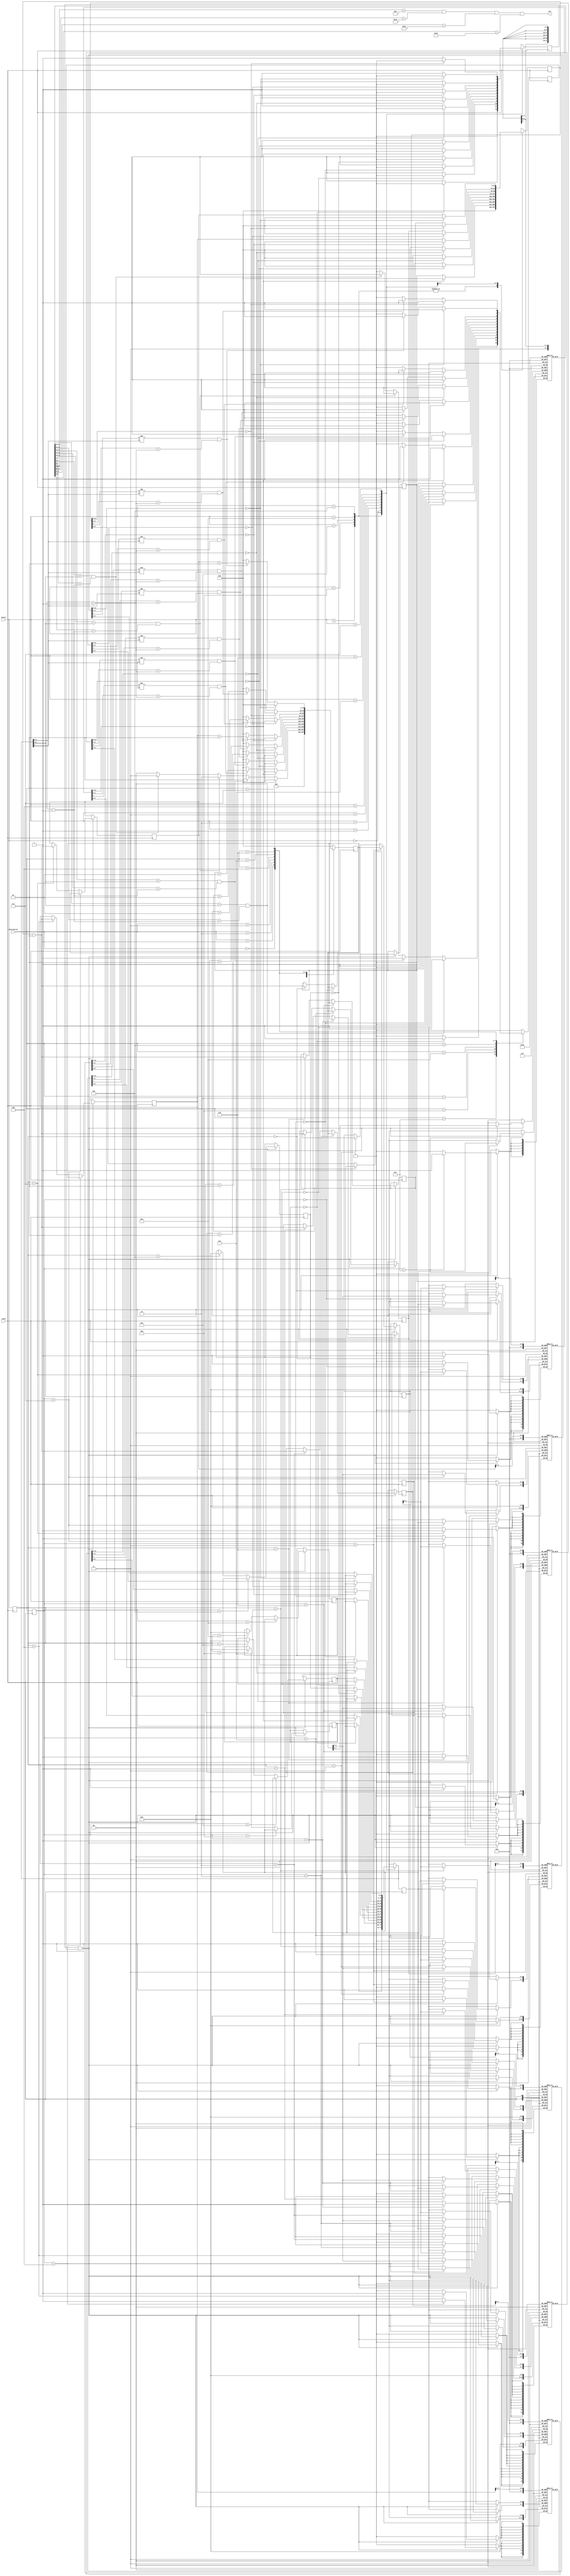
//Module for Homework Assignment 2 that plays game 8321 of freecell.
//Josh Roney (jpr87)

//**Incorporate the new integers c0-c7 to allow for larger registers

module freecellPlayer(
	input clock,
	input [3:0] source,destination,
	output win
);
	//4 bits for card value (A,2,3,4,5,6,7,8,9,10,J,Q,K)
	//Card value matches the bit value
	//6'b000000 is an empty space
	//2 bits for suit value (Heart,Diamond,Spade,Club)
	//00 = Heart
	//01 = Diamond
	//10 = Spade
	//11 = Club
	
	reg [3:0] src,dest;
	reg [5:0] temp;
	reg src_valid,dest_valid;
	integer col_s,col_d;			//integers to mark which column entry is the source and destination
	integer c0,c1,c2,c3,c4,c5,c6,c7;	//integers to mark last spot with a card in it in a column;
	
	reg [5:0] col0 [15:0];	//columns of tableau (array for 6-bit registers)
	reg [5:0] col1 [15:0];	
	reg [5:0] col2 [15:0];
	reg [5:0] col3 [15:0];
	reg [5:0] col4 [15:0];
	reg [5:0] col5 [15:0];
	reg [5:0] col6 [15:0];
	reg [5:0] col7 [15:0];
	reg [5:0] home [3:0];	//homecells (00 = H, 01 = D, 10 = S, 11 = C)
	reg [5:0] free [3:0];	//free cells

	initial //initialize the board of game 8321
	begin
		src = 0;
		dest = 0;
		temp = 0;
		src_valid = 0;
		dest_valid = 0;
		col_d = 0;
		col_s = 0;
		c0 = 6;
		c1 = 6;
		c2 = 6;
		c3 = 6;
		c4 = 5;
		c5 = 5;
		c6 = 5;
		c7 = 5;
		
		//homecells and free cells initiall empty
		home[0] = 6'b000000;
		home[1] = 6'b010000;
		home[2] = 6'b100000;
		home[3] = 6'b110000;
		free[0] = 0;
		free[1] = 0;
		free[2] = 0;
		free[3] = 0;
	
		//initial state of c0
		col0[0] = 6'b100100; //4 of spades
		col0[1] = 6'b011011; //jack of diamonds
		col0[2] = 6'b011010; //10 of diamonds
		col0[3] = 6'b010110; //6 of diamonds
		col0[4] = 6'b100011; //3 of spades
		col0[5] = 6'b010001; //ace of diamonds
		col0[6] = 6'b000001; //ace of hearts
		col0[7] = 6'h00;     //empty
		col0[8] = 6'h00;
		col0[9] = 6'h00;
		col0[10] = 6'h00;
		col0[11] = 6'h00;
		col0[12] = 6'h00;
		col0[13] = 6'h00;
		col0[14] = 6'h00;
		col0[15] = 6'h00;
		//initial state of c1
		col1[0] = 6'b100101; //5 of spades
		col1[1] = 6'b101010; //10 of spades
		col1[2] = 6'b001000; //8 of hearts
		col1[3] = 6'b110100; //4 of clubs
		col1[4] = 6'b000110; //6 of hearts
		col1[5] = 6'b001101; //king of hearts
		col1[6] = 6'b000010; //2 of hearts
		col1[7] = 6'h00;     //empty
		col1[8] = 6'h00;
		col1[9] = 6'h00;
		col1[10] = 6'h00;
		col1[11] = 6'h00;
		col1[12] = 6'h00;
		col1[13] = 6'h00;
		col1[14] = 6'h00;
		col1[15] = 6'h00;
		//initial state of c2
		col2[0] = 6'b101011; //jack of spades
		col2[1] = 6'b110111; //7 of clubs
		col2[2] = 6'b111001; //9 of clubs
		col2[3] = 6'b110110; //6 of clubs
		col2[4] = 6'b110010; //2 of clubs
		col2[5] = 6'b101101; //king of spades
		col2[6] = 6'b110001; //ace of clubs
		col2[7] = 6'h00;     //empty
		col2[8] = 6'h00;
		col2[9] = 6'h00;
		col2[10] = 6'h00;
		col2[11] = 6'h00;
		col2[12] = 6'h00;
		col2[13] = 6'h00;
		col2[14] = 6'h00;
		col2[15] = 6'h00;
		//initial state of c3
		col3[0] = 6'b000100; //4 of hearts
		col3[1] = 6'b100001; //ace of spades
		col3[2] = 6'b111100; //queen of clubs
		col3[3] = 6'b110101; //5 of clubs
		col3[4] = 6'b100111; //7 of spades
		col3[5] = 6'b001001; //9 of hearts
		col3[6] = 6'b101000; //8 of spades
		col3[7] = 6'h00;     //empty
		col3[8] = 6'h00;
		col3[9] = 6'h00;
		col3[10] = 6'h00;
		col3[11] = 6'h00;
		col3[12] = 6'h00;
		col3[13] = 6'h00;
		col3[14] = 6'h00;
		col3[15] = 6'h00;
		//initial state of c4
		col4[0] = 6'b011100; //queen of diamonds
		col4[1] = 6'b001011; //jack of hearts
		col4[2] = 6'b101100; //queen of spades
		col4[3] = 6'b100110; //6 of spades
		col4[4] = 6'b010010; //2 of diamonds
		col4[5] = 6'b101001; //9 of spades
		col4[6] = 6'h00;     //empty
		col4[7] = 6'h00;     
		col4[8] = 6'h00;
		col4[9] = 6'h00;
		col4[10] = 6'h00;
		col4[11] = 6'h00;
		col4[12] = 6'h00;
		col4[13] = 6'h00;
		col4[14] = 6'h00;
		col4[15] = 6'h00;
		//initial state of c5
		col5[0] = 6'b010101; //5 of diamonds
		col5[1] = 6'b011101; //king of diamonds
		col5[2] = 6'b110011; //3 of clubs
		col5[3] = 6'b011001; //9 of diamonds
		col5[4] = 6'b000011; //3 of hearts
		col5[5] = 6'b100010; //2 of spades
		col5[6] = 6'h00;     //empty
		col5[7] = 6'h00;     
		col5[8] = 6'h00;
		col5[9] = 6'h00;
		col5[10] = 6'h00;
		col5[11] = 6'h00;
		col5[12] = 6'h00;
		col5[13] = 6'h00;
		col5[14] = 6'h00;
		col5[15] = 6'h00;
		//initial state of c6
		col6[0] = 6'b000101; //5 of hearts
		col6[1] = 6'b010011; //3 of diamonds
		col6[2] = 6'b001100; //queen of hearts
		col6[3] = 6'b010111; //7 of diamonds
		col6[4] = 6'b111101; //king of clubs
		col6[5] = 6'b111010; //10 of clubs
		col6[6] = 6'h00;     //empty
		col6[7] = 6'h00;     
		col6[8] = 6'h00;
		col6[9] = 6'h00;
		col6[10] = 6'h00;
		col6[11] = 6'h00;
		col6[12] = 6'h00;
		col6[13] = 6'h00;
		col6[14] = 6'h00;
		col6[15] = 6'h00;
		//initial state of c7
		col7[0] = 6'b111011; //jack of clubs
		col7[1] = 6'b010100; //4 of diamonds
		col7[2] = 6'b001010; //10 of hearts
		col7[3] = 6'b111000; //8 of clubs
		col7[4] = 6'b000111; //7 of hearts
		col7[5] = 6'b011000; //8 of diamonds
		col7[6] = 6'h00;     //empty
		col7[7] = 6'h00;     
		col7[8] = 6'h00;
		col7[9] = 6'h00;
		col7[10] = 6'h00;
		col7[11] = 6'h00;
		col7[12] = 6'h00;
		col7[13] = 6'h00;
		col7[14] = 6'h00;
		col7[15] = 6'h00;
	end

	always @(posedge clock) //at positive edge of the clock, check validity of source and destination
	begin
		src = source;
		dest = destination;
		src_valid = 0;
		dest_valid = 0;
		col_s = 0;
		col_d = 0;
		
		
		//check validity of source
		case(src) 
			4'b11xx: //illegal source, do nothing
			begin
				$display("chosen source not valid, no move taken");
				src_valid = 0;
			end
			
			4'b1000: //source is free cell 0
			begin
				if(free[0] == 6'b000000)
					src_valid = 0;
				else
				begin
					temp = free[0];
					src_valid = 1;
				end
			end
			
			4'b1001: //source is free cell 1
			begin
				if(free[1] == 6'b000000)
					src_valid = 0;
				else
				begin
					temp = free[1];
					src_valid = 1;
				end
			end
			
			4'b1010: //source is free cell 2
			begin
				if(free[2] == 6'b000000)
					src_valid = 0;
				else
				begin
					temp = free[2];
					src_valid = 1;
				end
			end
			
			4'b1011: //source is free cell 3
			begin
				if(free[3] == 6'b000000)
					src_valid = 0;
				else
				begin
					temp = free[3];
					src_valid = 1;
				end
			end
			
			4'b0000: //source is column 0
			begin
				if(col0[0] == 0) //if column is empty, invalid source
					src_valid = 0;
				else
				begin
					src_valid = 1;
					temp = col0[c0];
					col_s = c0;
				end
			end
			
			4'b0001: //source is column 1
			begin
				if(col1[0] == 0)
					src_valid = 0;
				else
				begin
					src_valid = 1;
					temp = col1[c1];
					col_s = c1;
				end
			end
			
			4'b0010: //source is column 2
			begin
				if(col2[0] == 0)
					src_valid = 0;
				else
				begin
					src_valid = 1;
					temp = col2[c2];
					col_s = c2;
				end
			end
			
			4'b0011: //source is column 3
			begin
				if(col3[0] == 0)
					src_valid = 0;
				else
				begin
					src_valid = 1;
					temp = col3[c3];
					col_s = c3;
				end
			end
			
			4'b0100: //source is column 4
			begin
				if(col4[0] == 0)
					src_valid = 0;
				else
				begin
					src_valid = 1;
					temp = col4[c4];
					col_s = c4;
				end
			end
			
			4'b0101: //source is column 5
			begin
				if(col5[0] == 0)
					src_valid = 0;
				else
				begin
					src_valid = 1;
					temp = col5[c5];
					col_s = c5;
				end
			end
			
			4'b0110: //source is column 6
			begin
				if(col6[0] == 0)
					src_valid = 0;
				else
				begin
					src_valid = 1;
					temp = col6[c6];
					col_s = c6;
				end
			end
			
			4'b0111: //source is column 7
			begin
				if(col7[0] == 0)
					src_valid = 0;
				else
				begin
					src_valid = 1;
					temp = col7[c7];
					col_s = c7;
				end
			end
		endcase

		//check validity of destination
		//if(src_valid)
		$display("source valid : %b \t destination : %b", src_valid, dest);
		case(dest) 
			4'b1100: //destination is home cell
			begin 
				if(home[0][5:4] == temp[5:4] && home[0][3:0] == (temp[3:0]-1'b1)) //check to see if suits match and current card is one value lower than new card
				begin
					dest_valid = 1;
					col_d = 0;
				end
				else if(home[1][5:4] == temp[5:4] && home[1][3:0] == (temp[3:0]-1'b1))
				begin
					dest_valid = 1;
					col_d = 1;
				end
				else if(home[2][5:4] == temp[5:4] && home[2][3:0] == (temp[3:0]-1'b1))
				begin
					dest_valid = 1;
					col_d = 2;
				end
				else if(home[3][5:4] == temp[5:4] && home[3][3:0] == (temp[3:0]-1'b1))
				begin
					dest_valid = 1;
					col_d = 3;
				end
				else
					dest_valid = 0;
			end
			
			4'b1000: //destination is free cell a
			begin
				if(free[0] == 6'b000000) //valid if empty
					dest_valid = 1;
				else
					dest_valid = 0;
			end
			
			4'b1001: //destination is free cell b
			begin
				if(free[1] == 6'b000000) //valid if empty
					dest_valid = 1;
				else
					dest_valid = 0;
			end
			
			4'b1010: //destination is free cell c
			begin
				if(free[2] == 6'b000000) //valid if empty
					dest_valid = 1;
				else
					dest_valid = 0;
			end
			
			4'b1011: //destination is free cell d
			begin
				if(free[3] == 6'b000000) //valid if empty
					dest_valid = 1;
				else
					dest_valid = 0;
			end
			
			4'b0000: //destination is column 0
			begin
				if(col0[0] == 0) //if column is empty, valid destination
					dest_valid = 1;
				else
				begin
					if(col0[c0][5] != temp[5] && col0[c0][3:0] == (temp[3:0] + 1'b1))
					begin
						dest_valid = 1;
						col_d = c0+1;
					end
					else
						dest_valid = 0;
				end
			end
			
			4'b0001: //destination is column 1
			begin
				if(col1[0] == 0)
					dest_valid = 1;
				else
				begin
					if(col1[c1][5] != temp[5] && col1[c1][3:0] == (temp[3:0] + 1'b1))
					begin
						dest_valid = 1;
						col_d = c1+1;
					end
					else
						dest_valid = 0;
				end
			end
			
			4'b0010: //destination is column 2
			begin
				if(col2[0] == 0)
					dest_valid = 1;
				else
				begin
					if(col2[c2][5] != temp[5] && col2[c2][3:0] == (temp[3:0] + 1'b1))
					begin
						dest_valid = 1;
						col_d = c2+1;
					end
					else
						dest_valid = 0;
				end
			end
			
			4'b0011: //destination is column 3
			begin
				if(col3[0] == 0)
					dest_valid = 1;
				else
				begin
					if(col3[c3][5] != temp[5] && col3[c3][3:0] == (temp[3:0] + 1'b1))
					begin
						dest_valid = 1;
						col_d = c3+1;
					end
					else
						dest_valid = 0;
				end
			end
			
			4'b0100: //destination is column 4
			begin
				if(col4[0] == 0)
					dest_valid = 1;
				else
				begin
					if(col4[c4][5] != temp[5] && col4[c4][3:0] == (temp[3:0] + 1'b1))
					begin
						dest_valid = 1;
						col_d = c4+1;
					end
					else
						dest_valid = 0;
				end
			end
			
			4'b0101: //destination is column 5
			begin
				if(col5[0] == 0)
					dest_valid = 1;
				else
				begin
					if(col5[c5][5] != temp[5] && col5[c5][3:0] == (temp[3:0] + 1'b1))
					begin
						dest_valid = 1;
						col_d = c5+1;
					end
					else
						dest_valid = 0;
				end
			end
			
			4'b0110: //destination is column 6
			begin
				if(col6[0] == 0)
					dest_valid = 1;
				else
				begin
					if(col6[c6][5] != temp[5] && col6[c6][3:0] == (temp[3:0] + 1'b1))
					begin
						dest_valid = 1;
						col_d = c6+1;
					end
					else
						dest_valid = 0;
				end
			end
			
			4'b0111: //destination is column 7
			begin
				if(col7[0] == 0)
					dest_valid = 1;
				else
				begin
					if(col7[c7][5] != temp[5] && col7[c7][3:0] == (temp[3:0] + 1'b1))
					begin
						dest_valid = 1;
						col_d = c7+1;
					end
					else
						dest_valid = 0;
				end
			end
		endcase
	end

	always @(negedge clock)
	begin
		if(src_valid && dest_valid)
		begin
		$display("card %h in spot %b was moved to spot %b", temp, src, dest);
		case(src) //if move was legal, clear source
			4'b1000: //free cell a
			begin
			free[0] = 6'b000000;
			end

			4'b1001: //free cell b
			begin
			free[1] = 6'b000000;
			end

			4'b1010: //free cell c
			begin
			free[2] = 6'b000000;
			end

			4'b1011: //free cell d
			begin
			free[3] = 6'b000000;
			end

			4'b0000: //column 0
			begin
			col0[col_s] = 6'b000000;
			c0 = col_s - 1;
			end

			4'b0001: //column 1
			begin
			col1[col_s] = 6'b000000;
			c1 = col_s - 1;
			end

			4'b0010: //column 2
			begin
			col2[col_s] = 6'b000000;
			c2 = col_s - 1;
			end

			4'b0011: //column 3
			begin
			col3[col_s] = 6'b000000;
			c3 = col_s - 1;
			end

			4'b0100: //column 4
			begin
			col4[col_s] = 6'b000000;
			c4 = col_s - 1;
			end

			4'b0101: //column 5
			begin
			col5[col_s] = 6'b000000;
			c5 = col_s - 1;
			end

			4'b0110: //column 6
			begin
			col6[col_s] = 6'b000000;
			c6 = col_s - 1;
			end

			4'b0111: //column 7
			begin
			col7[col_s] = 6'b000000;
			c7 = col_s - 1;
			end
		endcase

		case(dest) //if move was legal, load new value into destination
			4'b1100: //home cell
			begin
			home[col_d] = temp;
			end

			4'b1000: //free cell a
			begin
			free[0] = temp;
			end

			4'b1001: //free cell b
			begin
			free[1] = temp;
			end

			4'b1010: //free cell c
			begin
			free[2] = temp;
			end

			4'b1011: //free cell d
			begin
			free[3] = temp;
			end

			4'b0000: //column 0
			begin
			col0[col_d] = temp;
			c0 = col_d;
			end

			4'b0001: //column 1
			begin
			col1[col_d] = temp;
			c1 = col_d;
			end

			4'b0010: //column 2
			begin
			col2[col_d] = temp;
			c2 = col_d;
			end

			4'b0011: //column 3
			begin
			col3[col_d] = temp;
			c3 = col_d;
			end

			4'b0100: //column 4
			begin
			col4[col_d] = temp;
			c4 = col_d;
			end

			4'b0101: //column 5
			begin
			col5[col_d] = temp;
			c5 = col_d;
			end

			4'b0110: //column 6
			begin
			col6[col_d] = temp;
			c6 = col_d;
			end

			4'b0111: //column 7
			begin
			col7[col_d] = temp;
			c7 = col_d;
			end
		endcase
		end
		
		else
			$display("illegal move");
	end

	assign win = (home[0] == 6'b001101) & (home[1] == 6'b011101) & (home[2] == 6'b101101) & (home[3] == 6'b111101);
	

endmodule

/*previous code of source validation 
if(col1[6] != 6'b000000)
				begin
					src_valid = 1;
					temp = col1[6];
					col_s = 6;
				end
				else if(col1[5] != 6'b000000)
				begin
					src_valid = 1;
					temp = col1[5];
					col_s = 5;
				end
				else if(col1[4] != 6'b000000)
				begin
					src_valid = 1;
					temp = col1[4];
					col_s = 4;
				end
				else if(col1[3] != 6'b000000)
				begin
					src_valid = 1;
					temp = col1[3];
					col_s = 3;
				end
				else if(col1[2] != 6'b000000)
				begin
					src_valid = 1;
					temp = col1[2];
					col_s = 2;
				end
				else if(col1[1] != 6'b000000)
				begin
					src_valid = 1;
					temp = col1[1];
					col_s = 1;
				end
				else if(col1[0] != 6'b000000)
				begin
					src_valid = 1;
					temp = col1[0];
					col_s = 0;
				end
				else
					src_valid = 0;
*/

/*previous code of destination validation
if(col0[6] != 6'b000000) //if last position is not empty, not valid
					dest_valid = 0;
				else if(col0[5] != 6'b000000)
				begin
					if(col0[5][5] != temp[5] && col0[5][3:0] == (temp[3:0] + 1'b1))//if spot taken, see if it's a different color and one value higher
					begin
						dest_valid = 1;
						col_d = 6; //card will be moved to one spot higher in the column
					end
					else
						dest_valid = 0;
					
				end
				else if(col0[4] != 6'b000000)
				begin
					if(col0[4][5] != temp[5] && col0[4][3:0] == (temp[3:0] + 1'b1))
					begin
						dest_valid = 1;
						col_d = 5;
					end
					else
						dest_valid = 0;
					
				end
				else if(col0[3] != 6'b000000)
				begin
					if(col0[3][5] != temp[5] && col0[3][3:0] == (temp[3:0] + 1'b1))
					begin
						dest_valid = 1;
						col_d = 4;
					end
					else
						dest_valid = 0;
					
				end
				else if(col0[2] != 6'b000000)
				begin
					if(col0[2][5] != temp[5] && col0[2][3:0] == (temp[3:0] + 1'b1))
					begin
						dest_valid = 1;
						col_d = 3;
					end
					else
						dest_valid = 0;
					
				end
				else if(col0[1] != 6'b000000)
				begin
					if(col0[1][5] != temp[5] && col0[1][3:0] == (temp[3:0] + 1'b1))
					begin
						dest_valid = 1;
						col_d = 2;
					end
					else
						dest_valid = 0;
					
				end
				else if(col0[0] != 6'b000000)
				begin
					if(col0[0][5] != temp[5] && col0[0][3:0] == (temp[3:0] + 1'b1))
					begin
						dest_valid = 1;
						col_d = 1;
					end	
					else
						dest_valid = 0;
					
				end
				else //if column is completely empty, valid destination
				begin
					dest_valid = 1;
					col_d = 0;
				end
*/